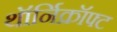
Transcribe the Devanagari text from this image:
थॉर्निक्रॉफ्ट